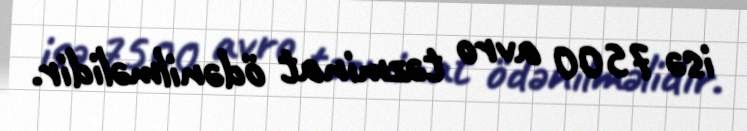
isə 7500 avro təzminat ödənilməlidir.